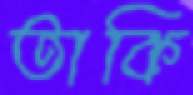
তাকি